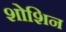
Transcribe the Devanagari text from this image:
शोशिन